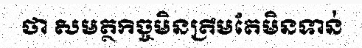
ថា សមត្ថកិច្ចមិនត្រឹមតែមិនទាន់